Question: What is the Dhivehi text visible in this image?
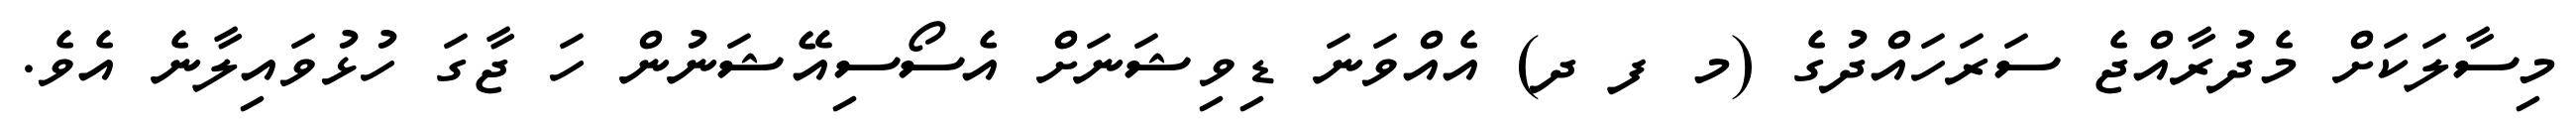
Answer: މިސާލަކަށް މެދުރާއްޖެ ސަރަހައްދުގެ (މ ފ ދ) އެއްވަނަ ޑިވިޝަނަށް އެސޯސިއޭޝަނުން ހަ ޖާގަ ހުޅުވައިލާނެ އެވެ.